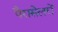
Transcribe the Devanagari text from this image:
पैरासेलरों